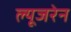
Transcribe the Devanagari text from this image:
ल्यूजरेन